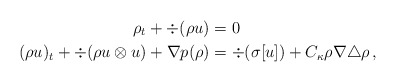
\begin{align*} \rho_t + \div(\rho u) &=0\\ (\rho u)_t + \div (\rho u \otimes u) + \nabla p(\rho) &= \div(\sigma[ u]) + C_\kappa \rho \nabla \triangle \rho\, , \end{align*}